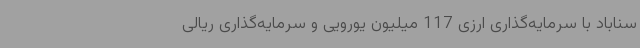
سناباد با سرمایه‌گذاری ارزی 117 میلیون یورویی و سرمایه‌گذاری ریالی